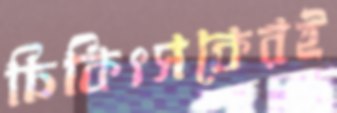
চিকিৎসকেরই